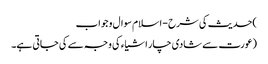
)حدیث کی شرح - اسلام سوال و جواب
(عورت سے شادی چار اشیاء کی وجہ سے کی جاتی ہے۔